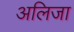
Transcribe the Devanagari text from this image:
अलिजा